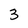
Character: 3